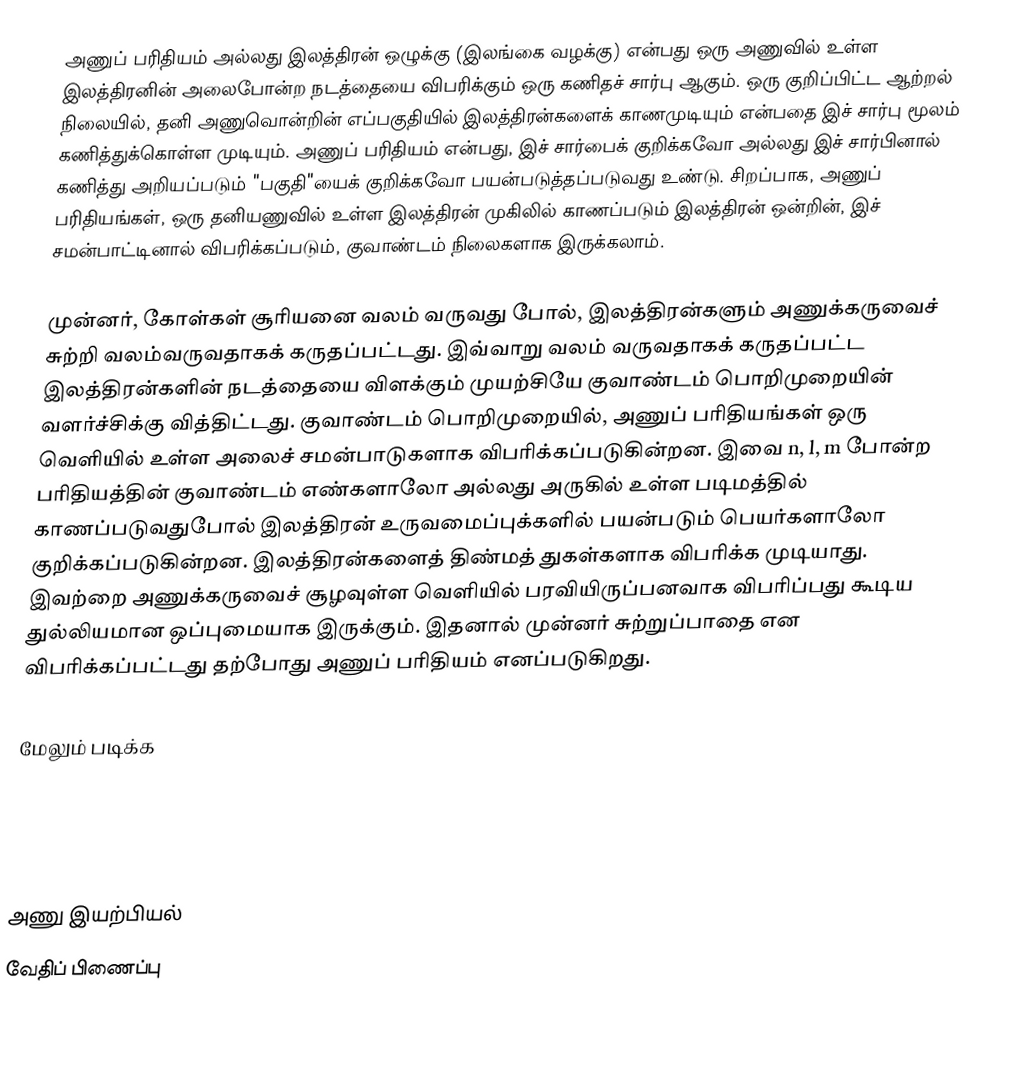
அணுப் பரிதியம் அல்லது இலத்திரன் ஒழுக்கு (இலங்கை வழக்கு) என்பது ஒரு அணுவில் உள்ள இலத்திரனின் அலைபோன்ற நடத்தையை விபரிக்கும் ஒரு கணிதச் சார்பு ஆகும். ஒரு குறிப்பிட்ட ஆற்றல் நிலையில், தனி அணுவொன்றின் எப்பகுதியில் இலத்திரன்களைக் காணமுடியும் என்பதை இச் சார்பு மூலம் கணித்துக்கொள்ள முடியும். அணுப் பரிதியம் என்பது, இச் சார்பைக் குறிக்கவோ அல்லது இச் சார்பினால் கணித்து அறியப்படும் "பகுதி"யைக் குறிக்கவோ பயன்படுத்தப்படுவது உண்டு. சிறப்பாக, அணுப் பரிதியங்கள், ஒரு தனியணுவில் உள்ள இலத்திரன் முகிலில் காணப்படும் இலத்திரன் ஒன்றின், இச் சமன்பாட்டினால் விபரிக்கப்படும், குவாண்டம் நிலைகளாக இருக்கலாம்.

முன்னர், கோள்கள் சூரியனை வலம் வருவது போல், இலத்திரன்களும் அணுக்கருவைச் சுற்றி வலம்வருவதாகக் கருதப்பட்டது. இவ்வாறு வலம் வருவதாகக் கருதப்பட்ட இலத்திரன்களின் நடத்தையை விளக்கும் முயற்சியே குவாண்டம் பொறிமுறையின் வளர்ச்சிக்கு வித்திட்டது. குவாண்டம் பொறிமுறையில், அணுப் பரிதியங்கள் ஒரு வெளியில் உள்ள அலைச் சமன்பாடுகளாக விபரிக்கப்படுகின்றன. இவை n, l, m போன்ற பரிதியத்தின் குவாண்டம் எண்களாலோ அல்லது அருகில் உள்ள படிமத்தில் காணப்படுவதுபோல் இலத்திரன் உருவமைப்புக்களில் பயன்படும் பெயர்களாலோ குறிக்கப்படுகின்றன. இலத்திரன்களைத் திண்மத் துகள்களாக விபரிக்க முடியாது. இவற்றை அணுக்கருவைச் சூழவுள்ள வெளியில் பரவியிருப்பனவாக விபரிப்பது கூடிய துல்லியமான ஒப்புமையாக இருக்கும். இதனால் முன்னர் சுற்றுப்பாதை என விபரிக்கப்பட்டது தற்போது அணுப் பரிதியம் எனப்படுகிறது.

மேலும் படிக்க

அணு இயற்பியல்
வேதிப் பிணைப்பு